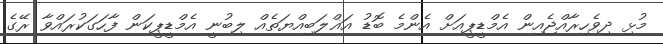
މުޅި ދިވެހިރާއްޖެއިން އެމްޑީޕީއަށް އެންމެ ބޮޑު އަޣްލަބިއްޔަތެއް ލިބުނީ އެމްޑީޕީކަން ފާހަގަކުރައްވާ ރޭގެ